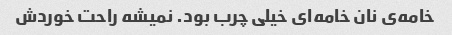
خامه‌ی نان خامه‌ای خیلی چرب بود. نمیشه راحت خوردش